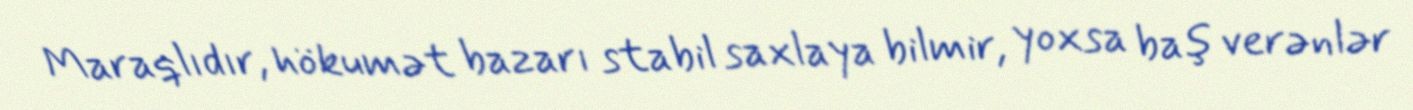
Maraqlıdır, hökumət bazarı stabil saxlaya bilmir, yoxsa baş verənlər